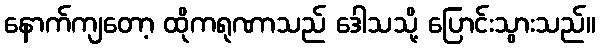
နောက်ကျတော့ ထိုကရုဏာသည် ဒေါသသို့ ပြောင်းသွားသည်။